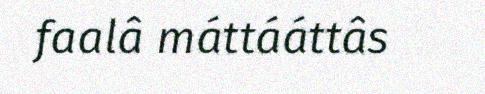
faalâ máttááttâs